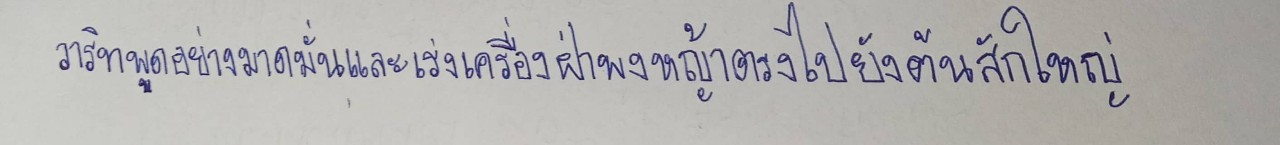
วาริทพูดอย่างมาดมั่นและเร่งเครื่องฝ่าพงหญ้าตรงไปยังต้นสักใหญ่